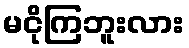
မငိုကြဘူးလား